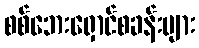
စစ်ဘေးရှောင်စခန်းများ